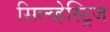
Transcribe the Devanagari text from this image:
सिल्व्हेस्ट्रिज